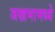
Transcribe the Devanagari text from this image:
जखमामध्ये